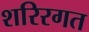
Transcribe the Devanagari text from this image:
शरिरगत